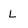
Character: L